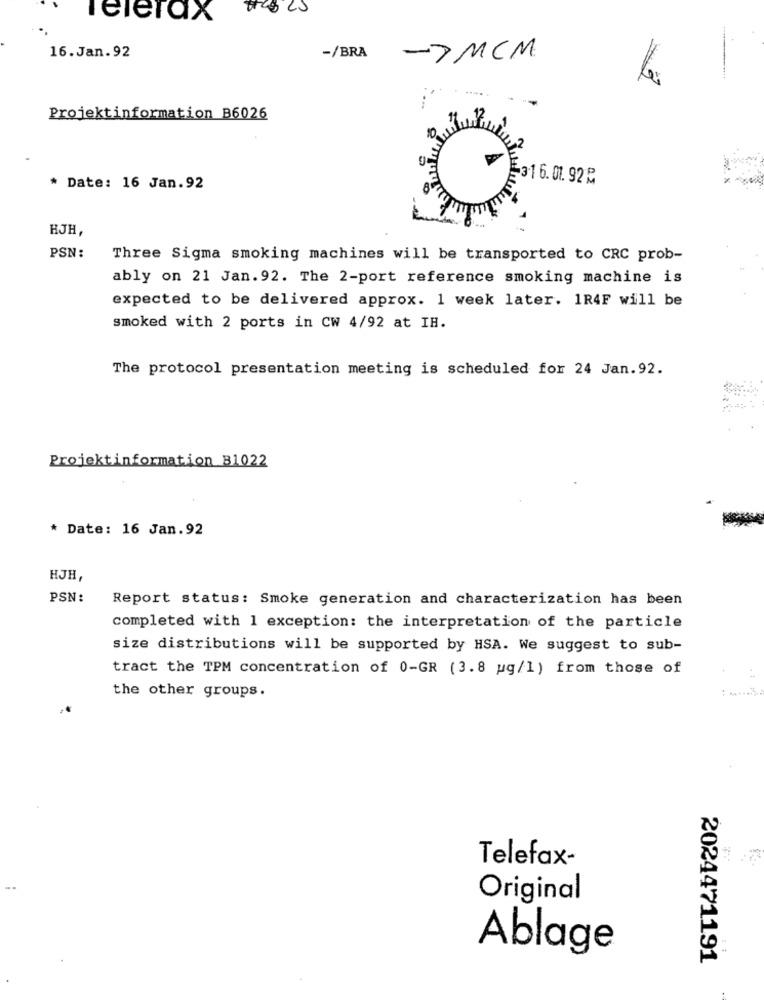
Telefax
16. Jan. 92
-/BRA
->MCM
Lei
Projektinformation B6026
3.16.01. 92 :
* Date: 16 Jan.92
HJH,
PSN:
Three Sigma smoking machines will be transported to CRC prob-
ably on 21 Jan. 92. The 2-port reference smoking machine is
expected to be delivered approx. 1 week later. 1R4F will be
smoked with 2 ports in CW 4/92 at IH.
The protocol presentation meeting is scheduled for 24 Jan.92.
Projektinformation B1022
* Date: 16 Jan.92
HJH,
PSN:
Report status: Smoke generation and characterization has been
completed with 1 exception: the interpretation of the particle
size distributions will be supported by HSA. We suggest to sub-
tract the TPM concentration of 0-GR (3.8 ug/1) from those of
the other groups.
Telefax-
Original
Ablage
2024471191